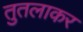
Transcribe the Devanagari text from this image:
तुतलाकर